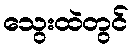
သွေးထဲတွင်